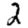
Digit: 2